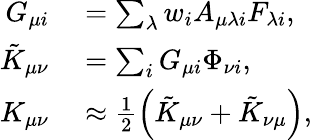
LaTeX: \begin{array}{rl}{G_{\mu i}}&{{}=\sum_{\lambda}w_{i}A_{\mu\lambda i}F_{\lambda i},}\\ {\tilde{K}_{\mu\nu}}&{{}=\sum_{i}G_{\mu i}\Phi_{\nu i},}\\ {K_{\mu\nu}}&{{}\approx\frac{1}{2}\left(\tilde{K}_{\mu\nu}+\tilde{K}_{\nu\mu}\right),}\end{array}